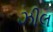
ઝીલ